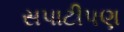
સપાટીપણ